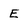
Character: E